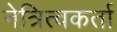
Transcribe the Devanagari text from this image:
नेत्रित्वकर्ता